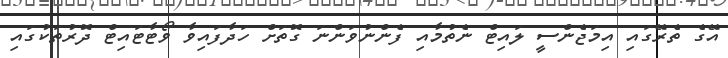
އޭގެ ތެރޭގައި އިމަޖެންސީ ލައިޓް ނެތުމާއި ފެންނުވަންނަ ގޮތަށް ހަދާފައިވާ ވޯޓާޓައިޓް ދޮރުތަކުގައި